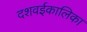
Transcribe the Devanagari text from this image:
दशवईकालिका